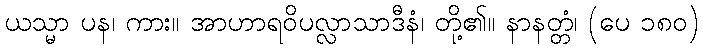
ယသ္မာ ပန၊ ကား။ အာဟာရဝိပလ္လာသာဒီနံ၊ တို့၏။ နာနတ္တံ၊ (ပေ ၁၈၀)